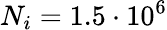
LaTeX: N_{i}=1.5\cdot 10^{6}